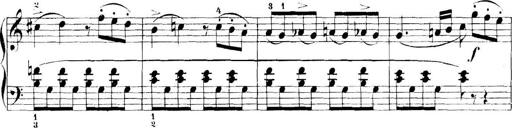
Title: 11 Sonatinas
Composer: Anton Diabelli